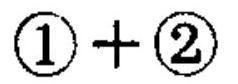
\(\textcircled{1}+\textcircled{2}\)